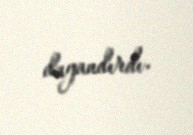
dayandırdı.